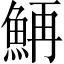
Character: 𲌴